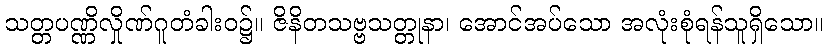
သတ္တပဏ္ဏိလှိုဏ်ဂူတံခါးဝ၌။ ဇိနိတသဗ္ဗသတ္တုနာ၊ အောင်အပ်သော အလုံးစုံရန်သူရှိသော။